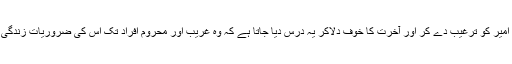
اس نظام میں امیر کو ترغیب دے کر اور آخرت کا خوف دلاکر یہ درس دیا جاتا ہے کہ وہ غریب اور محروم افراد تک اس کی ضروریاتِ زندگی بہم پہنچائے۔